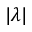
| \lambda |